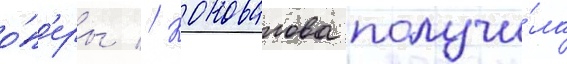
о́п'еры // Коновалова получи́ла